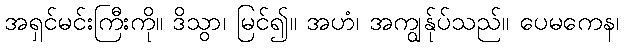
အရှင်မင်းကြီးကို။ ဒိသွာ၊ မြင်၍။ အဟံ၊ အကျွန်ုပ်သည်။ ပေမကေန၊